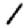
Digit: 1